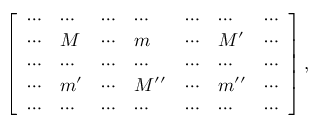
\begin{array} { r } { \left[ \begin{array} { l l l l l l l } { \cdots } & { \cdots } & { \cdots } & { \cdots } & { \cdots } & { \cdots } & { \cdots } \\ { \cdots } & { M } & { \cdots } & { m } & { \cdots } & { M ^ { \prime } } & { \cdots } \\ { \cdots } & { \cdots } & { \cdots } & { \cdots } & { \cdots } & { \cdots } & { \cdots } \\ { \cdots } & { m ^ { \prime } } & { \cdots } & { M ^ { \prime \prime } } & { \cdots } & { m ^ { \prime \prime } } & { \cdots } \\ { \cdots } & { \cdots } & { \cdots } & { \cdots } & { \cdots } & { \cdots } & { \cdots } \end{array} \right] , } \end{array}